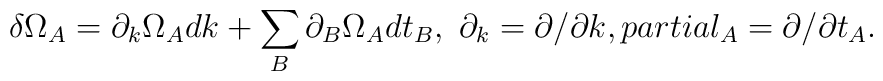
\delta \Omega_A=\partial_k \Omega_A dk+\sum_B\partial_B \Omega_A dt_B,\ \partial_k=\partial/\partial k,\\partial_A=\partial/\partial t_A.